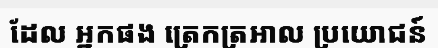
ដែល អ្នកផង ត្រេកត្រអាល ប្រយោជន៍